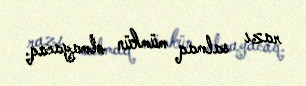
razı salmaq mümkün olmayacaq.